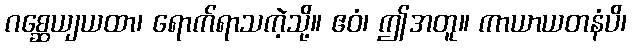
ဂစ္ဆေယျယထာ၊ ရောက်ရာသကဲ့သို့။ ဧဝံ၊ ဤအတူ။ ကာယာယတနံပိ၊